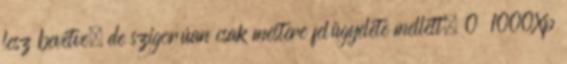
lesz bevetve, de szigorúan csak mestere felügyelete mellett. 0 1000Xp